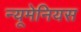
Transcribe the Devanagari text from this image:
न्यूमेनियस